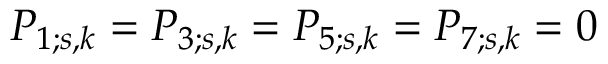
P _ { 1 ; s , k } = P _ { 3 ; s , k } = P _ { 5 ; s , k } = P _ { 7 ; s , k } = 0